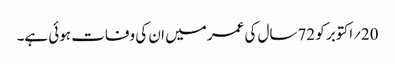
20؍اکتوبر کو 72سال کی عمر میں ان کی وفات ہوئی ہے۔